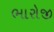
ભારોજી